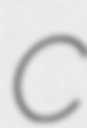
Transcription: C